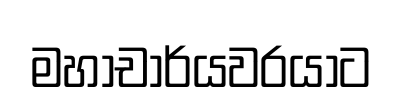
මහාචාර්යවරයාට